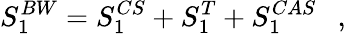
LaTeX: S_{1}^{BW}=S_{1}^{CS}+S_{1}^{T}+S_{1}^{CAS}~~~,